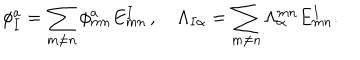
LaTeX: \phi _ { I } ^ { a } = \sum _ { m \ne n } \phi _ { m n } ^ { a } E _ { m n } ^ { I } \, , \quad \Lambda _ { I \alpha } = \sum _ { m \ne n } \Lambda _ { \alpha } ^ { m n } E _ { m n } ^ { I } .